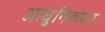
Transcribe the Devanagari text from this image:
आधुनिकपन